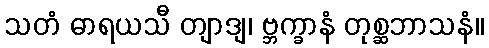
သတံ ဓာရယသီ တျာဒျ၊ ဗ္ဘက္ခာနံ တုစ္ဆဘာသနံ။